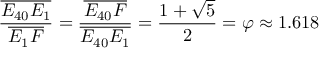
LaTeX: { \frac { \overline { { E _ { 4 0 } E _ { 1 } } } } { \overline { { E _ { 1 } F } } } } = { \frac { \overline { { E _ { 4 0 } F } } } { \overline { { E _ { 4 0 } E _ { 1 } } } } } = { \frac { 1 + { \sqrt { 5 } } } { 2 } } = \varphi \approx 1 . 6 1 8